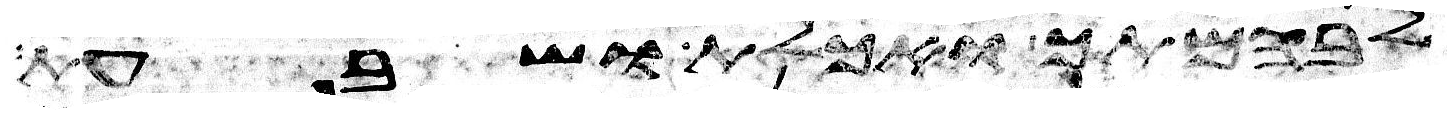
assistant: לבהמתך ואכלת ושבעת